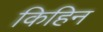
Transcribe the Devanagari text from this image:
किहिन